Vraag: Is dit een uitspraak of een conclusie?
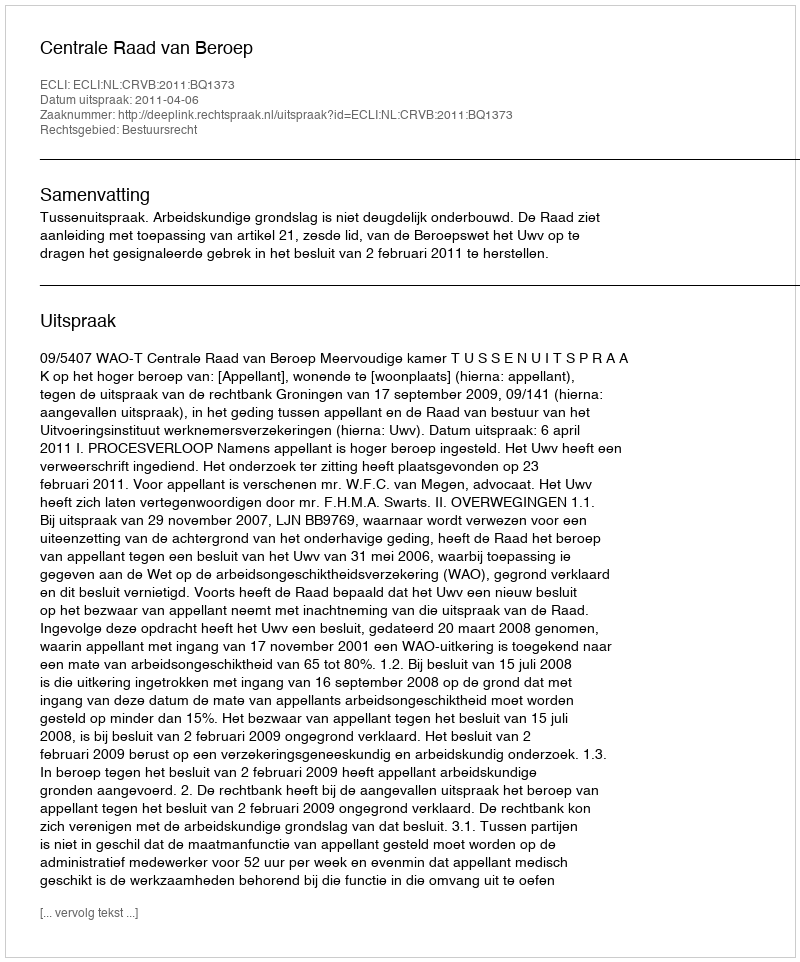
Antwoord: Uitspraak